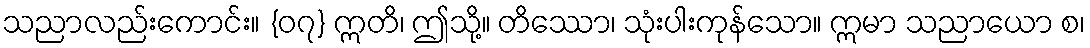
သညာလည်းကောင်း။ {၀၇} ဣတိ၊ ဤသို့။ တိဿော၊ သုံးပါးကုန်သော။ ဣမာ သညာယော စ၊